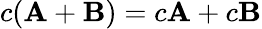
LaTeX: c(\mathbf{A}+\mathbf{B})=c\mathbf{A}+c\mathbf{B}